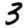
Digit: 3